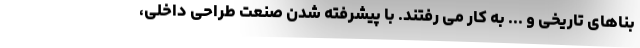
بناهای تاریخی و ... به کار می رفتند. با پیشرفته شدن صنعت طراحی داخلی،